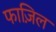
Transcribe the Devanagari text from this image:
फाज़िल